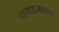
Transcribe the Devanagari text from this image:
पाचाडजवळच